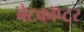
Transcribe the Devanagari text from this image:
बैटकाॅप्टर